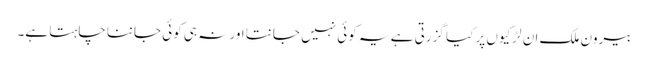
بیرون ملک ان لڑکیوں پر کیا گزرتی ہے یہ کوئی نہیں جانتا اور نہ ہی کوئی جاننا چاہتا ہے۔